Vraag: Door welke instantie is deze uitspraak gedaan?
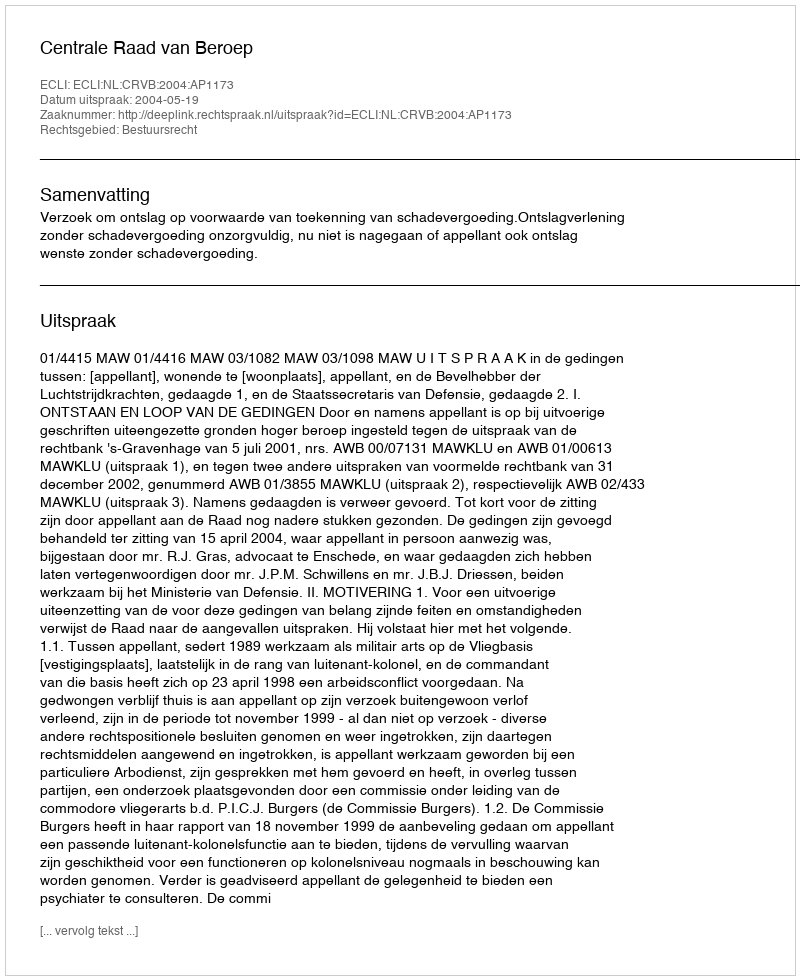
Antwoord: Centrale Raad van Beroep